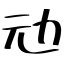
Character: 𠠺